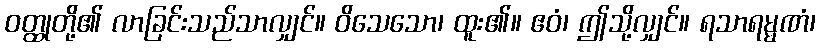
ဝတ္ထုတို့၏ လာခြင်းသည်သာလျှင်။ ဝိသေသော၊ ထူး၏။ ဧဝံ၊ ဤသို့လျှင်။ ရသာရမ္မဏံ၊